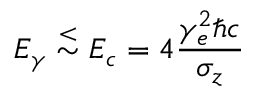
E _ { \gamma } \stackrel { < } { \sim } E _ { c } = 4 { \frac { \gamma _ { e } ^ { 2 } \hbar c } { \sigma _ { z } } }